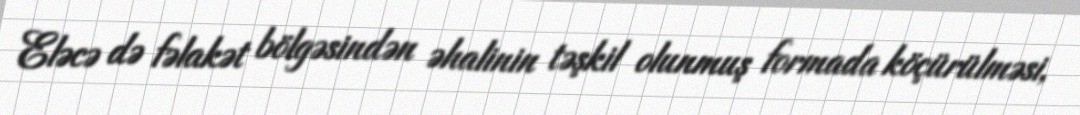
Eləcə də fəlakət bölgəsindən əhalinin təşkil olunmuş formada köçürülməsi,